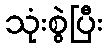
သုံးစွဲပြီး